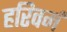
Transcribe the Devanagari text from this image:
हरिवर्म